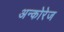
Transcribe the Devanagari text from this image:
अन्कोरेज